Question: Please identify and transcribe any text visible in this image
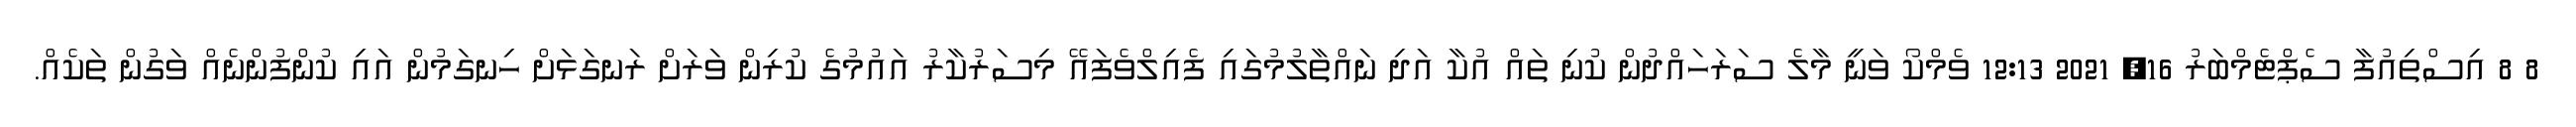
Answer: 8 8 އިސްތިއުފާ ސެޕްޓެމްބަރު 16, 2021 12:13 ވެމްކޯ ވަނީ މާލެ ސަރަހައްދުން ކުނި ތައް އުކާ އަދި ނައްތާލުމުގައި ފެއިލްވެފައޭ މިސަރުކާރު އައުމުގެ ކުރިން ވަރަށް ރަނގަޅަށް ހިނގަމުން އައި ކުންފުންނެއް ވަގުން ތަކެއް.